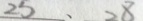
2 5 、 2 8